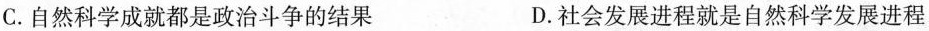
C.自然科学成就都是政治斗争的结果 D.社会发展进程就是自然科学发展进程